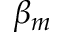
\beta _ { m }